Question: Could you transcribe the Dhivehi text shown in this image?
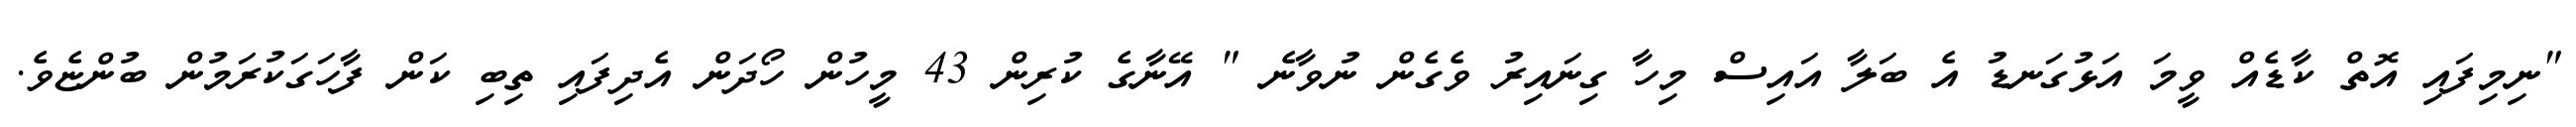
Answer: "ނިމިފައި އޮތް ކާޑެއް ވީމަ އަޅުގަނޑު އެ ބަލާ އައިސް މިހާ ގިނައިރު ވެގެން ނުވާނެ " އޭނާގެ ކުރިން 43 މީހުން ހޯދަން އެދިފައި ތިބި ކަން ފާހަގަކުރަމުން ބުންޏެވެ.